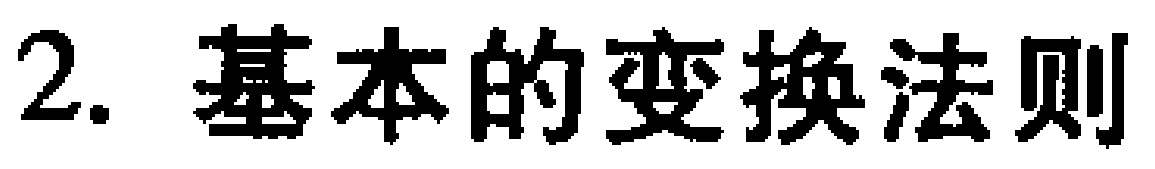
2. 基本的变换法则